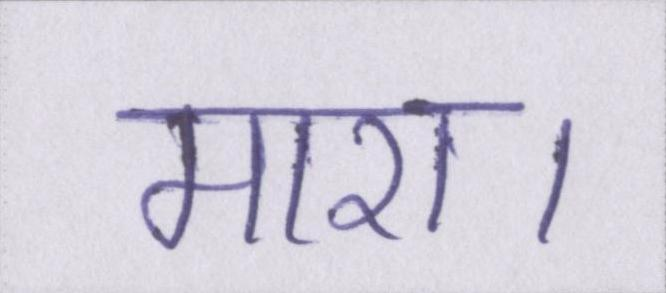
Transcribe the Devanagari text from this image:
मारा।